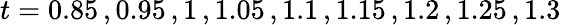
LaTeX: t=0.85\, ,0.95\, ,1\, ,1.05\, ,1.1\, ,1.15\, ,1.2\, ,1.25\, ,1.3